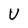
Character: U